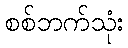
စစ်ဘက်သုံး